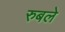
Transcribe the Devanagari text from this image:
रुबले